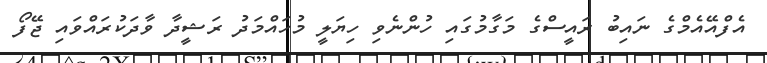
އެފްއޭއެމްގެ ނައިބު ރައީސްގެ މަގާމުގައި ހުންނެވި ހިޔަލީ މުހައްމަދު ރަޝީދާ ވާދަކުރައްވައި ޖޭފޯ